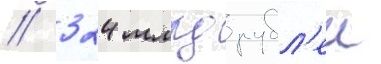
/ 324 млрд рубл'еи